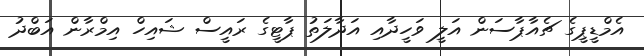
އެމްޑީޕީގެ ޗެއާޕާސަން އަލީ ވަހީދާއި އަދާލަތު ޕާޓީގެ ރައީސް ޝައިހް އިމްރާން އަބްދު